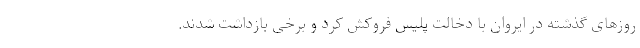
روزهای گذشته در ایروان با دخالت پلیس فروکش کرد و برخی بازداشت شدند.